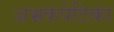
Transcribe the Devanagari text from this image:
अभ्रकपेटिका